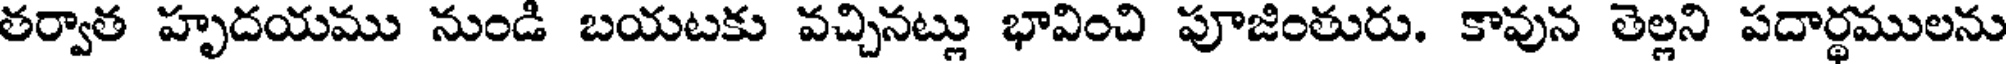
తర్వాత హృదయము నుండి బయటకు వచ్చినట్లు భావించి పూజింతురు. కావున తెల్లని పదార్థములను